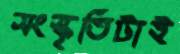
সংস্কৃতিটাই